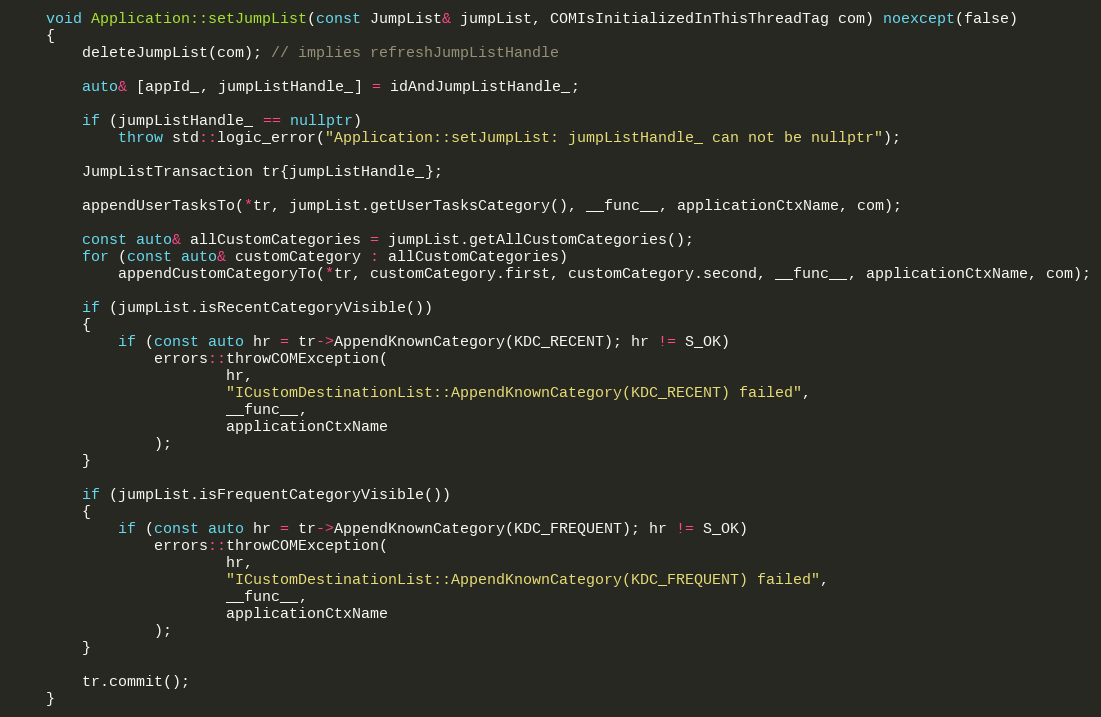
Language: C++
    void Application::setJumpList(const JumpList& jumpList, COMIsInitializedInThisThreadTag com) noexcept(false)
    {
        deleteJumpList(com); // implies refreshJumpListHandle

        auto& [appId_, jumpListHandle_] = idAndJumpListHandle_;

        if (jumpListHandle_ == nullptr)
            throw std::logic_error("Application::setJumpList: jumpListHandle_ can not be nullptr");

        JumpListTransaction tr{jumpListHandle_};

        appendUserTasksTo(*tr, jumpList.getUserTasksCategory(), __func__, applicationCtxName, com);

        const auto& allCustomCategories = jumpList.getAllCustomCategories();
        for (const auto& customCategory : allCustomCategories)
            appendCustomCategoryTo(*tr, customCategory.first, customCategory.second, __func__, applicationCtxName, com);

        if (jumpList.isRecentCategoryVisible())
        {
            if (const auto hr = tr->AppendKnownCategory(KDC_RECENT); hr != S_OK)
                errors::throwCOMException(
                        hr,
                        "ICustomDestinationList::AppendKnownCategory(KDC_RECENT) failed",
                        __func__,
                        applicationCtxName
                );
        }

        if (jumpList.isFrequentCategoryVisible())
        {
            if (const auto hr = tr->AppendKnownCategory(KDC_FREQUENT); hr != S_OK)
                errors::throwCOMException(
                        hr,
                        "ICustomDestinationList::AppendKnownCategory(KDC_FREQUENT) failed",
                        __func__,
                        applicationCtxName
                );
        }

        tr.commit();
    }